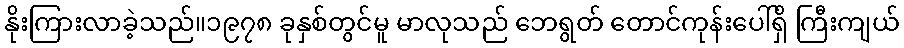
နိုးကြားလာခဲ့သည်။၁၉၇၈ ခုနှစ်တွင်မူ မာလုသည် ဘေရွတ် တောင်ကုန်းပေါ်ရှိ ကြီးကျယ်